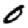
Digit: 0